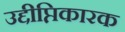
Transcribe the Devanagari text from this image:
उद्दीप्तिकारक